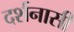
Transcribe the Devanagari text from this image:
दर्शनासी